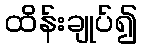
ထိန်းချုပ်၍